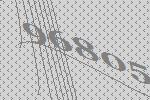
96805